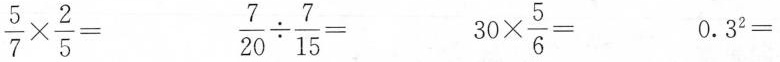
$$\frac { 5 } { 7 } \times \frac { 2 } { 5 } =$$ $$\frac { 7 } { 2 0 } \div \frac { 7 } { 1 5 } =$$ $$3 0 \times \frac { 5 } { 6 } =$$ $$0 . 3 ^ { 2 } =$$